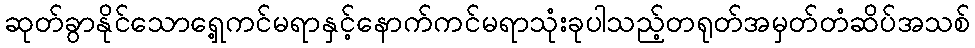
ဆုတ်ခွာနိုင်သောရှေ့ကင်မရာနှင့်နောက်ကင်မရာသုံးခုပါသည့်တရုတ်အမှတ်တံဆိပ်အသစ်